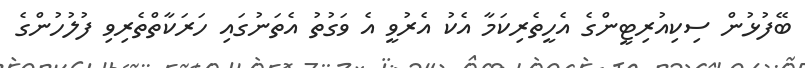
ބޭފުޅުން ސިކިއުރިޓީންގެ އެހީތެރިކަމާ އެކު އެރުވީ އެ ވަގުތު އެތަނުގައި ހަރަކާތްތެރިވި ފުލުހުންގެ